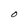
Character: O